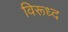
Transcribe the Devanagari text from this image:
विरूध्‍द